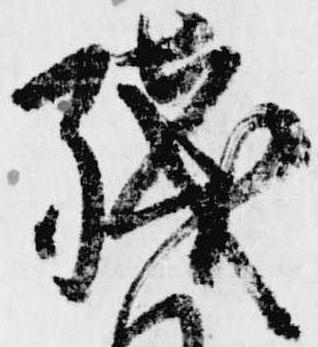
残